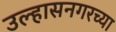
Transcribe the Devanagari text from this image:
उल्हासनगरच्या